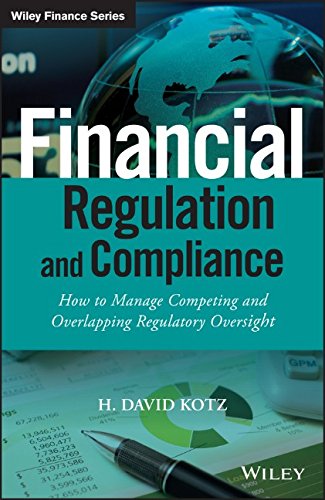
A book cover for Financial Regulation and Compliance, + Website: How to Manage Competing and Overlapping Regulatory Oversight (The Wiley Finance Series); H. David Kotz; Business & Money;